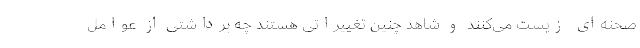
صحنه‌ای زیست می‌کنند و شاهد چنین تغییراتی هستند چه برداشتی از عوامل